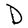
Character: D